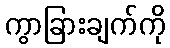
ကွာခြားချက်ကို